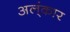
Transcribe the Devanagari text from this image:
अल्ंकार